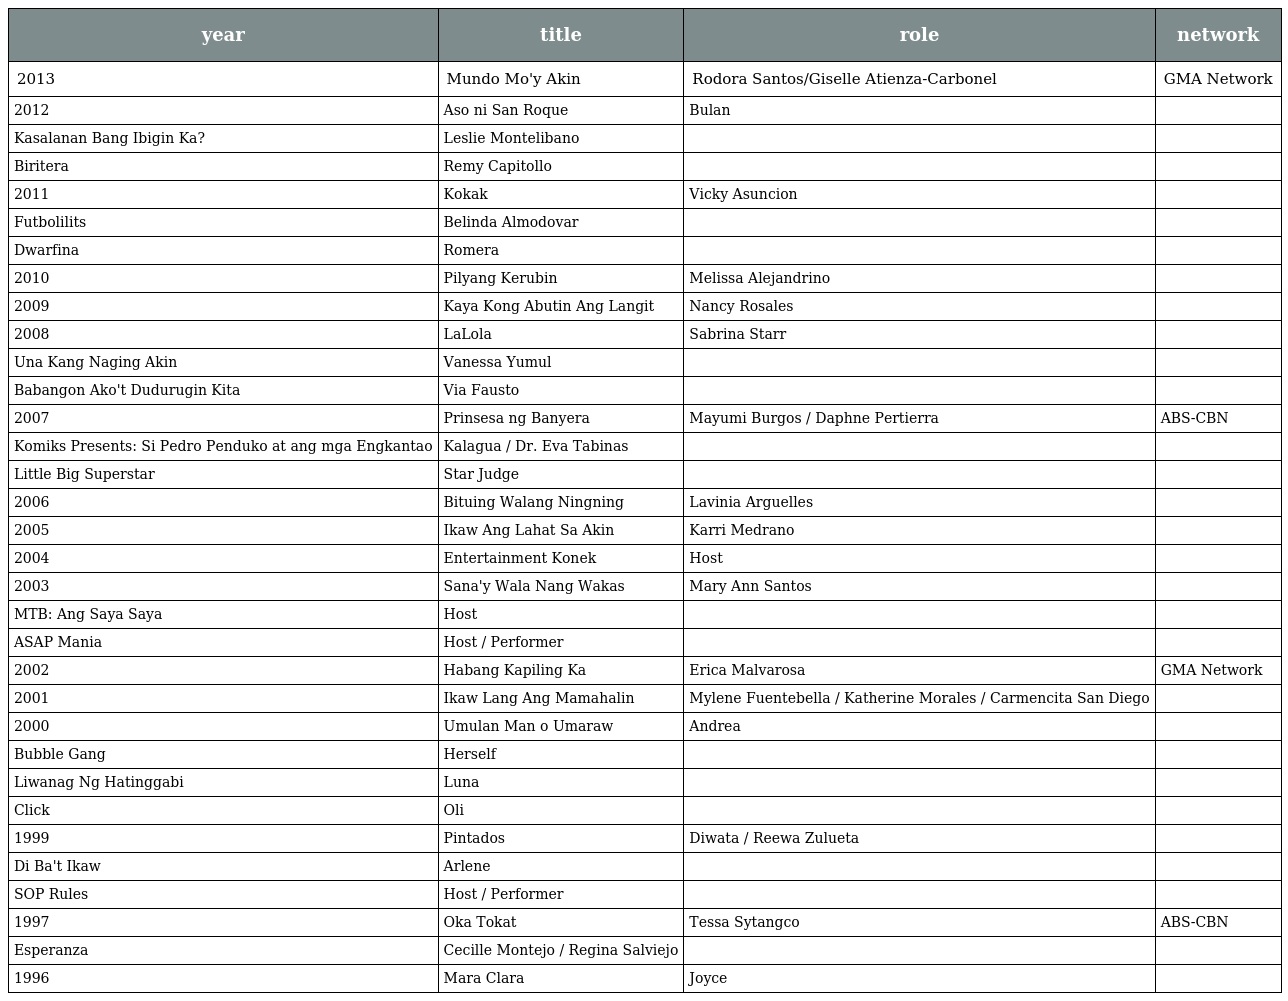
| year | title | role | network |
 | --- | --- | --- | --- |
 | 2013 | Mundo Mo'y Akin | Rodora Santos/Giselle Atienza-Carbonel | GMA Network |
 | 2012 | Aso ni San Roque | Bulan |  |
 | Kasalanan Bang Ibigin Ka? | Leslie Montelibano |  |  |
 | Biritera | Remy Capitollo |  |  |
 | 2011 | Kokak | Vicky Asuncion |  |
 | Futbolilits | Belinda Almodovar |  |  |
 | Dwarfina | Romera |  |  |
 | 2010 | Pilyang Kerubin | Melissa Alejandrino |  |
 | 2009 | Kaya Kong Abutin Ang Langit | Nancy Rosales |  |
 | 2008 | LaLola | Sabrina Starr |  |
 | Una Kang Naging Akin | Vanessa Yumul |  |  |
 | Babangon Ako't Dudurugin Kita | Via Fausto |  |  |
 | 2007 | Prinsesa ng Banyera | Mayumi Burgos / Daphne Pertierra | ABS-CBN |
 | Komiks Presents: Si Pedro Penduko at ang mga Engkantao | Kalagua / Dr. Eva Tabinas |  |  |
 | Little Big Superstar | Star Judge |  |  |
 | 2006 | Bituing Walang Ningning | Lavinia Arguelles |  |
 | 2005 | Ikaw Ang Lahat Sa Akin | Karri Medrano |  |
 | 2004 | Entertainment Konek | Host |  |
 | 2003 | Sana'y Wala Nang Wakas | Mary Ann Santos |  |
 | MTB: Ang Saya Saya | Host |  |  |
 | ASAP Mania | Host / Performer |  |  |
 | 2002 | Habang Kapiling Ka | Erica Malvarosa | GMA Network |
 | 2001 | Ikaw Lang Ang Mamahalin | Mylene Fuentebella / Katherine Morales / Carmencita San Diego |  |
 | 2000 | Umulan Man o Umaraw | Andrea |  |
 | Bubble Gang | Herself |  |  |
 | Liwanag Ng Hatinggabi | Luna |  |  |
 | Click | Oli |  |  |
 | 1999 | Pintados | Diwata / Reewa Zulueta |  |
 | Di Ba't Ikaw | Arlene |  |  |
 | SOP Rules | Host / Performer |  |  |
 | 1997 | Oka Tokat | Tessa Sytangco | ABS-CBN |
 | Esperanza | Cecille Montejo / Regina Salviejo |  |  |
 | 1996 | Mara Clara | Joyce |  |